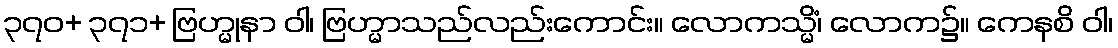
၃၇၀+ ၃၇၁+ ဗြဟ္မုနာ ဝါ၊ ဗြဟ္မာသည်လည်းကောင်း။ လောကသ္မိံ၊ လောက၌။ ကေနစိ ဝါ၊